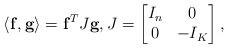
LaTeX: \begin{align*} \langle {\bf f}, {\bf g}\rangle= {\bf f}^T J {\bf g}, J=\begin{bmatrix}I_n&0\\0& -I_K\end{bmatrix},\end{align*}